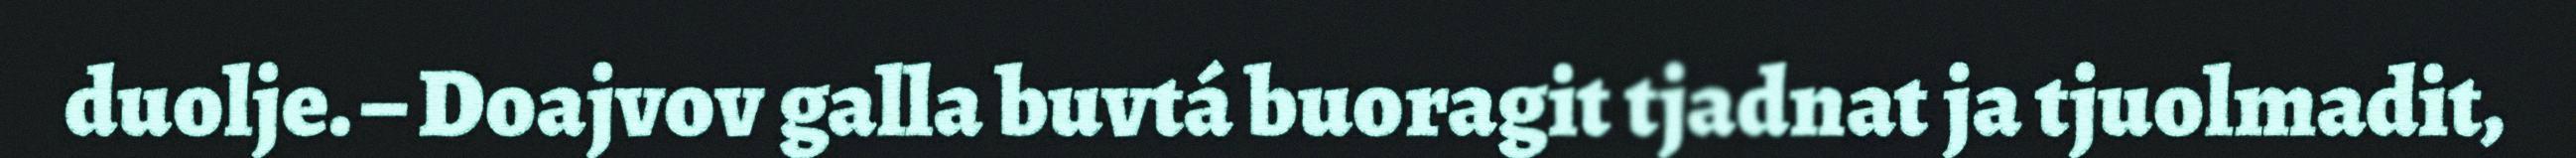
duolje. – Doajvov galla buvtá buoragit tjadnat ja tjuolmadit,